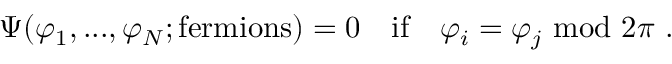
\Psi ( \varphi _ { 1 } , . . . , \varphi _ { N } ; \mathrm { f e r m i o n s } ) = 0 \quad \mathrm { i f } \quad \varphi _ { i } = \varphi _ { j } \ \mathrm { m o d } \ 2 \pi \ .